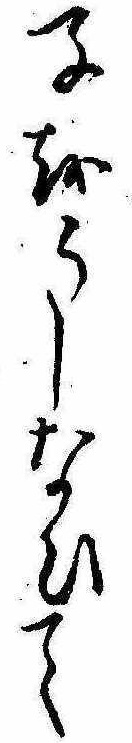
子をうしなひて